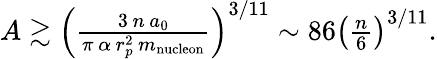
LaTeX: \begin{array}{r}{A\gtrsim\left(\frac{3\, n\, a_{0}}{\pi\, \alpha\, r_{p}^{2}\, m_{\mathrm{nucleon}}}\right)^{3/11}\sim 86\left(\frac{n}{6}\right)^{3/11}.}\end{array}